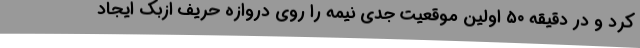
کرد و در دقیقه ۵۰ اولین موقعیت جدی نیمه را روی دروازه حریف ازبک ایجاد